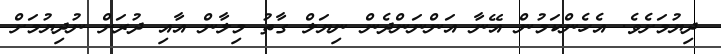
ދިޔުމަށެވެ. އެހެންކަމުން އޭނާ އަންނަންދެން ނިޔަލް ގާތު މިލާން އާއި ދުރަށް ނުދިޔުމަށް